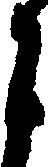
月